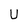
Character: U